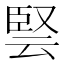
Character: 𭆳